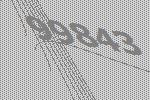
99843